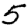
Digit: 5